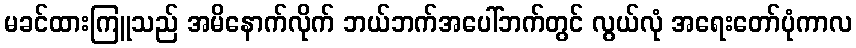
မခင်ထားကြူသည် အမိနောက်လိုက် ဘယ်ဘက်အပေါ်ဘက်တွင် လွယ်လုံ အရေးတော်ပုံကာလ